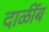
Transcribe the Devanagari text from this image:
दाळींब